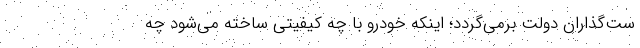
ست‌گذاران دولت برمی‌گردد؛ اینکه خودرو با چه کیفیتی ساخته می‌شود چه